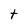
Character: t